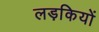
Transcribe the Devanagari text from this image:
लड़कियों